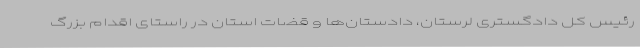
رئیس کل دادگستری لرستان، دادستان‌ها و قضات استان در راستای اقدام بزرگ